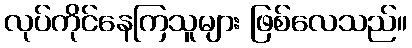
လုပ်ကိုင်နေကြသူများ ဖြစ်လေသည်။